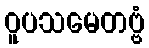
ဝူပသမေတဗ္ဗံ